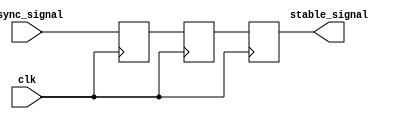
module meta_stability_filter #(
    parameter WIDTH = 1 // Width of the input signal
)(
    input wire clk,                  // Clock signal
    input wire async_signal,         // Asynchronous input signal
    output reg [WIDTH-1:0] stable_signal // Stabilized output signal
);

    // Internal signals for the dual-stage synchronizer
    reg [WIDTH-1:0] sync_ff1; // First flip-flop output
    reg [WIDTH-1:0] sync_ff2; // Second flip-flop output

    // Dual-stage synchronizer
    always @(posedge clk) begin
        sync_ff1 <= async_signal; // Sample the asynchronous signal
        sync_ff2 <= sync_ff1;      // Sample the output of the first flip-flop
    end

    // Output the stabilized signal
    always @(posedge clk) begin
        stable_signal <= sync_ff2; // Output the stabilized signal
    end

endmodule